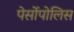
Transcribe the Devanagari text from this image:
पेर्सोपोलिस